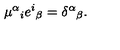
\mu ^ { \alpha } { } _ { i } e ^ { i } { } _ { \beta } = \delta ^ { \alpha } { } _ { \beta } .